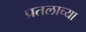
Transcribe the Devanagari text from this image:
प्रतलाच्या